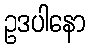
ဥဒပါနော